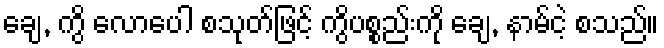
ချေ, ကွိ လောပေါ စသုတ်ဖြင့် ကွိပစ္စည်းကို ချေ, နာမ်ငဲ့ စသည်။